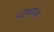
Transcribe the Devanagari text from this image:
भीमरावश्च